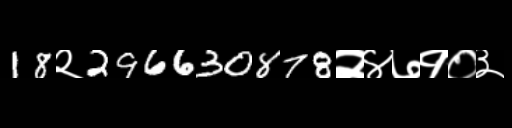
Text: 18२296630878२४७१०३